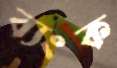
ব্যংক